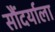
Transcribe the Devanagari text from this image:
सौंदर्याला